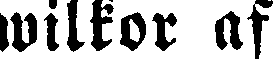
wilkor af